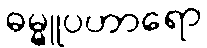
ဓမ္မူပဟာရော